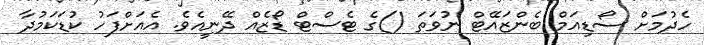
ހެދުމަށް ސޯޑިއަމް ބެންޒައޭޓް ނުވަތަ ()ގެ ޓެސްޓް ޑޯޒެއް ދޭނީއެވެ. އެއަށްފަހު ކުޑަކަމުދާ